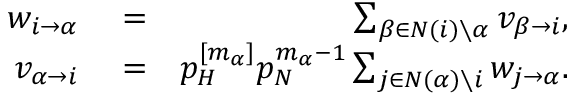
\begin{array} { r l r } { w _ { i \to \alpha } } & { { } = } & { \sum _ { \beta \in N ( i ) \setminus \alpha } v _ { \beta \to i } , } \\ { v _ { \alpha \to i } } & { { } = } & { p _ { H } ^ { [ m _ { \alpha } ] } p _ { N } ^ { m _ { \alpha } - 1 } \sum _ { j \in N ( \alpha ) \setminus i } w _ { j \to \alpha } . } \end{array}